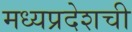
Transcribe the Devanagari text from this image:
मध्यप्रदेशची